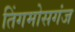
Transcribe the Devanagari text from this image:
तिंगमोसगंज